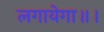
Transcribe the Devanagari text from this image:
लगायेगा॥।